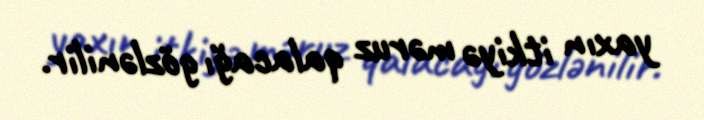
yaxın itkiyə məruz qalacağı gözlənilir.